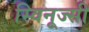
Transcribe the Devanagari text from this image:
स्विनूज्सी